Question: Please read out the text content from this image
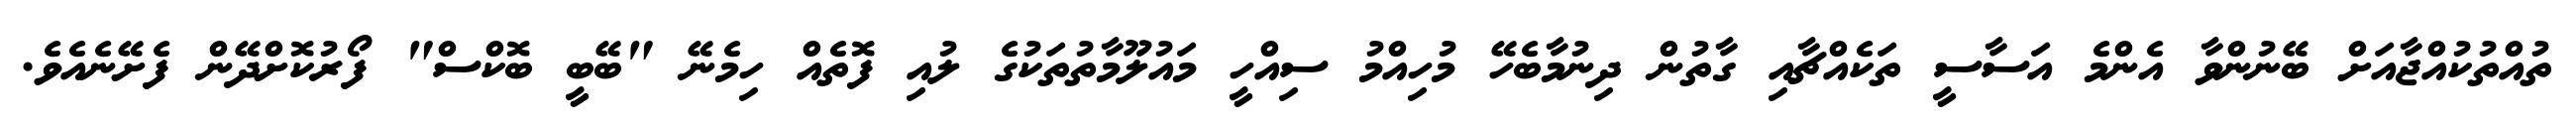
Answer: ތުއްތުކުއްޖާއަށް ބޭނުންވާ އެންމެ އަސާސީ ތަކެއްޗާއި ގާތުން ދިނުމާބެހޭ މުހިއްމު ސިއްހީ މައުލޫމާތުތަކުގެ ލުއި ފޮތެއް ހިމެނޭ "ބޭބީ ބޮކްސް" ފޯރުކޮށްދޭން ފެށޭނެއެވެ.